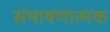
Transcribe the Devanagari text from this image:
संभाषणात्मक